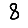
Digit: 8